Report of the Indian Hemp Drugs Commission, 1894-1895 - Volume VII
Year: 1894
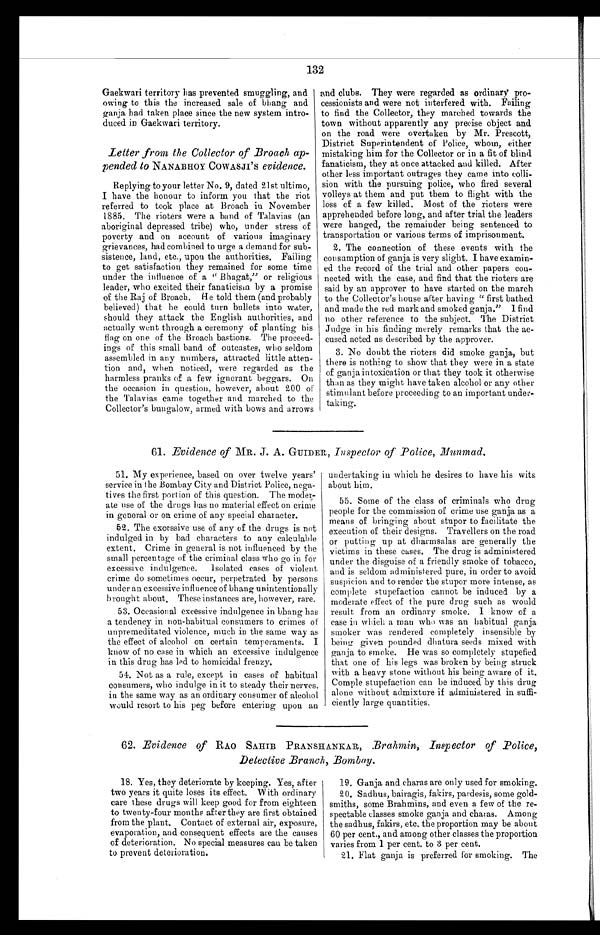
132
Gaekwari territory has prevented smuggling, and
owing to this the increased sale of bhang and
ganja had taken place since the new system intro
- d u c e d i n . G a e k w a r i t e r r i t o r y .
Letter from the Collector of Broach ap
-pended to NANABHOY COWASJI'S evidence.
Replying to your letter No. 9, dated 2l st ultimo,
I have the honour to inform you that the riot
referred to took place at Broach in November
1885. The rioters were a band of Talavias (an
aboriginal depressed tribe) who, under stress of
poverty and on account of various imaginary
grievances, had combined to urge a demand for sub
- s i s t e n c e , l a n d , e t c . , u p o n t h e a u t h o r i t i e s . F a i l i n g
to get satisfaction they remained for some time
under the influence of a "Bhagat," or religious
leader, who excited their fanaticism by a promise
of the Raj of Broach. He told them (and probably
believed) that he could turn bullets into water,
should they attack the English authorities, and
actually went through a ceremony of planting his
flag on one of the Broach bastions, The proceed
- i n g s o f t h i s s m a l l b a n d o f o u t c a s t e s , w h o s e l d o m
assembled in any numbers, attracted little atten-
-tion and, when noticed, were regarded as the
harmless pranks of a few ignorant beggars. On
the occasion in question, however, about 200 of
the Talavias came together and marched to the
Collector's bungalow, armed with bows and arrows
and clubs. They were regarded as ordinary pro
- c e s s i o n i s t s a n d w e r e n o t i n t e r f e r e d w i t h . F a i l i n g
to find the Collector, they marched towards the
town without apparently any precise object and
on the road were overtaken by Mr. Prescott,
District Superintendent of Police, whom, either
mistaking him for the Collector or in a fit of blind
fanaticism, they at once attacked and killed. After
other less important outrages they came into colli
- s i o n w i t h t h e p u r s u i n g p o l i c e , w h o f i r e d s e v e r a l
volleys at them and put them to flight with the
loss of a few killed. Most of the rioters were
apprehended before long, and after trial the leaders
were hanged, the remainder being sentenced to
transportation or various terms of imprisonment.
2. The connection of these events with the
consumption of ganja is very slight. I have examin
-ed the record of the trial and other papers con-
- n e c t e d w i t h t h e c a s e , a n d f i n d t h a t t h e r i o t e r s a r e
said by an approver to have started on the march
to the Collector's house after having "first bathed
and made the red mark and smoked ganja." I find
no other reference to the subject. The District
Judge in his finding merely remarks that the ac-
- c u s e d a c t e d a s d e s c r i b e d b y t h e a p p r o v e r .
3. No doubt the rioters did smoke ganja, but
there is nothing to show that they were in a state
of ganja intoxication or that they took it otherwise
than as they might have taken alcohol or any other
stimulant before proceeding to an important under
- t a k i n g .
61. Evidence of MR. J. A. GUIDER, Inspector of Police, Munmad.
51. My experience, based on over twelve years'
service in t he Bombay City and District Police, nega
-tives the first portion of this question. The moder
- a t e u s e o f t h e d r u g s h a s n o m a t e r i a l e f f e c t o n c r i m e
in general or on crime of any special character.
52. The excessive use of any of the drugs is not
indulged in by bad characters to any calculable
extent. Crime in general is not influenced by the
small percentage of the criminal class who go in for
excessive indulgence. Isolated cases of violent
crime do sometimes occur, perpetrated by persons
under an excessive influence of bhang unintentionally
brought about. These instances are, however, rare.
53. Occasional excessive indulgence in bhang has
a tendency in non-habitual consumers to crimes of
unpremeditated violence, much in the same way as
the effect of alcohol on certain temperaments. I
know of no case in which an excessive indulgence
in this drug has led to homicidal frenzy.
54. Not as a rule, except in cases of habitual
consumers, who indulge in it to steady their nerves,
in the same way as an ordinary consumer of alcohol
would resort to his peg before entering upon an
undertaking in which he desires to have his wits
about him.
55. Some of the class of criminals who drug
people for the commission of crime use ganja as a
means of bringing about stupor to facilitate the
execution of their designs. Travellers on the road
or putting up at dharmsalas are generally the
victims in these cases. The drug is administered
under the disguise of a friendly smoke of tobacco,
and is seldom administered pure, in order to avoid
suspicion and to render the stupor more intense, as
complete stupefaction cannot be induced by a
moderate effect of the pure drug such as would
result from an ordinary smoke. I know of a
case in which a man who was an habitual ganja
smoker was rendered completely insensible by
b e i n g g i v e n p o u n d e d d h a t u r a s e e d s m i x e d w i t h
ganja to smoke. He was so completely stupefied
that one of his legs was broken by being struck
with a heavy stone without his being aware of it.
Comple stupefaction can be induced by this drug
alone without admixture if administered in suffi
- c i e n t l y l a r g e q u a n t i t i e s .
62. Evidence of RAO SAHIB PRANSHANKAR, Brahmin, Inspector of Police,
Detective Branch, Bombay.
18. Yes, they deteriorate by keeping. Yes, after
two years it quite loses its effect. With ordinary
care these drugs will keep good for from eighteen
to twenty-four months after they are first obtained
from the plant. Contact of external air, exposure,
evaporation, and consequent effects are the causes
of deterioration. No special measures can be taken
to prevent deterioration.
19. Ganja and charas are only used for smoking.
20. Sadhus, bairagis, fakirs, pardesis, some gold
-smiths, some Brahmins, and even a few of the re-
- s p e c t a b l e c l a s s e s s m o k e g a n j a a n d c h a r a s . A m o n g
the sadhus, fakirs, etc. the proportion may be about
60 per cent., and among other classes the proportion
varies from 1 per cent. to 3 per cent.
21. Flat ganja is preferred for smoking. The